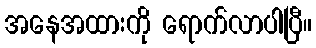
အနေအထားကို ရောက်လာပါပြီ။